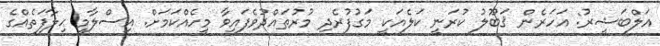
އަލްބަޝީރު: އަހަރެން ޤަބޫލު ކުރަނީ ކަލެއަކީ މަގުފުރެދި މުރުތައްދުވެފައިވާ މީހެއްކަމަށް. އިސްލާމީ ޙިލާފަތެއްގެ